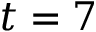
t = 7